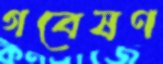
গবেষণ